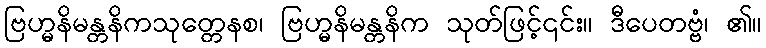
ဗြဟ္မနိမန္တနိကသုတ္တေနစ၊ ဗြဟ္မနိမန္တနိက သုတ်ဖြင့်၎င်း။ ဒီပေတဗ္ဗံ၊ ၏။